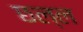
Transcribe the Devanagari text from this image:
छल्ल